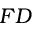
F D